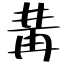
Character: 冓